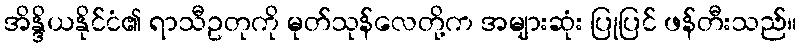
အိန္ဒိယနိုင်ငံ၏ ရာသီဥတုကို မုတ်သုန်လေတို့က အများဆုံး ပြုပြင် ဖန်တီးသည်။